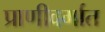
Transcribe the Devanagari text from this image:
प्राणीवर्गात